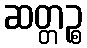
ဆတ္တဉ္စ